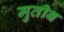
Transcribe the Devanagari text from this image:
मुतीब